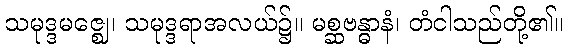
သမုဒ္ဒမဇ္ဈေ၊ သမုဒ္ဒရာအလယ်၌။ မစ္ဆဗန္ဓာနံ၊ တံငါသည်တို့၏။